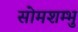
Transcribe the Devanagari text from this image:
सोमशम्भु